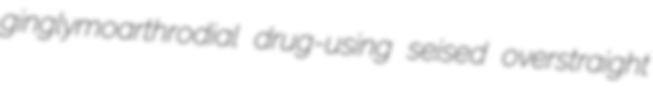
ginglymoarthrodial drug-using seised overstraight